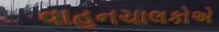
વાહનચાલકોએ